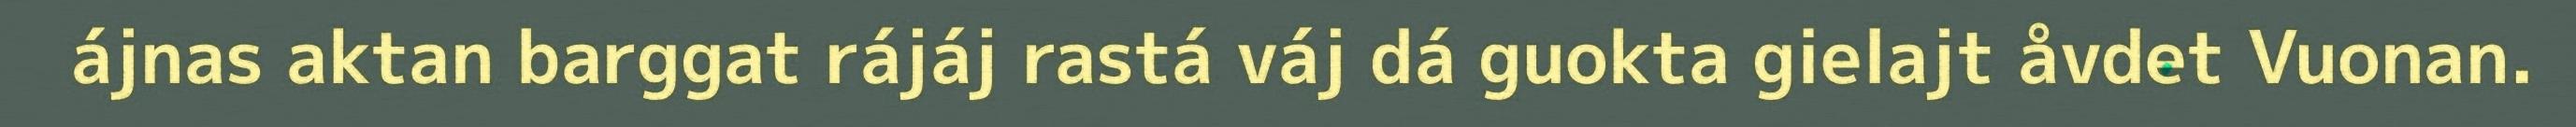
ájnas aktan barggat rájáj rastá váj dá guokta gielajt åvdet Vuonan.